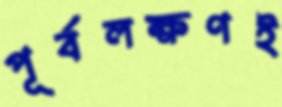
পূর্বলক্ষণই